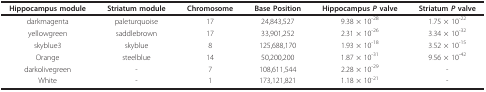
| Hippocampus module | Striatum module | Chromosome | Base Position | Hippocampus P valve | Striatum P valve |
 | --- | --- | --- | --- | --- | --- |
 | darkmagenta | paleturquoise | 17 | 24,843,527 | 9.38 × 10-28 | 1.75 × 10-22 |
 | yellowgreen | saddlebrown | 17 | 33,901,252 | 2.31 × 10-26 | 3.34 × 10-32 |
 | skyblue3 | skyblue | 8 | 125,688,170 | 1.93 × 10-18 | 3.52 × 10-15 |
 | Orange | steelblue | 14 | 50,200,200 | 1.87 × 10-31 | 9.56 × 10-42 |
 | darkolivegreen | - | 7 | 108,611,544 | 2.28 × 10-29 | - |
 | White | - | 1 | 173,121,821 | 1.18 × 10-21 | - |